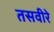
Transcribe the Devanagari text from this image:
तसवीरे